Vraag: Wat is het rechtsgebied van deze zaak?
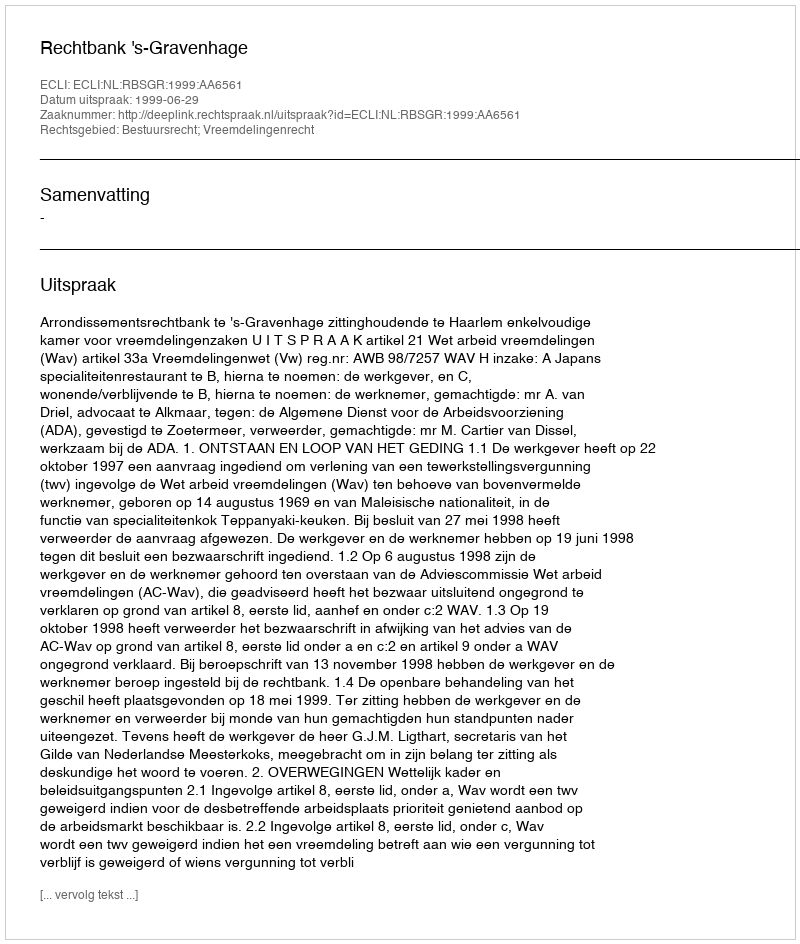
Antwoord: Bestuursrecht; Vreemdelingenrecht